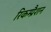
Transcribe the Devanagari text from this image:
रिकम्प्रैशन